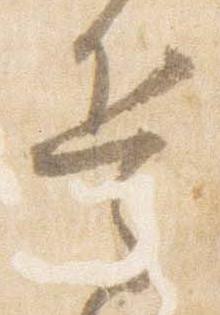
兵